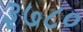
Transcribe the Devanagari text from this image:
३७८०